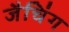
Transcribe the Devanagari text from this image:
जैचिंग